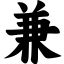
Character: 兼